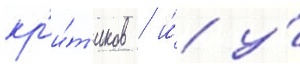
кр'и́т'иков / и́ у́